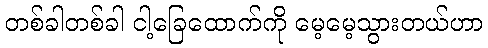
တစ်ခါတစ်ခါ ငါ့ခြေထောက်ကို မေ့မေ့သွားတယ်ဟာ